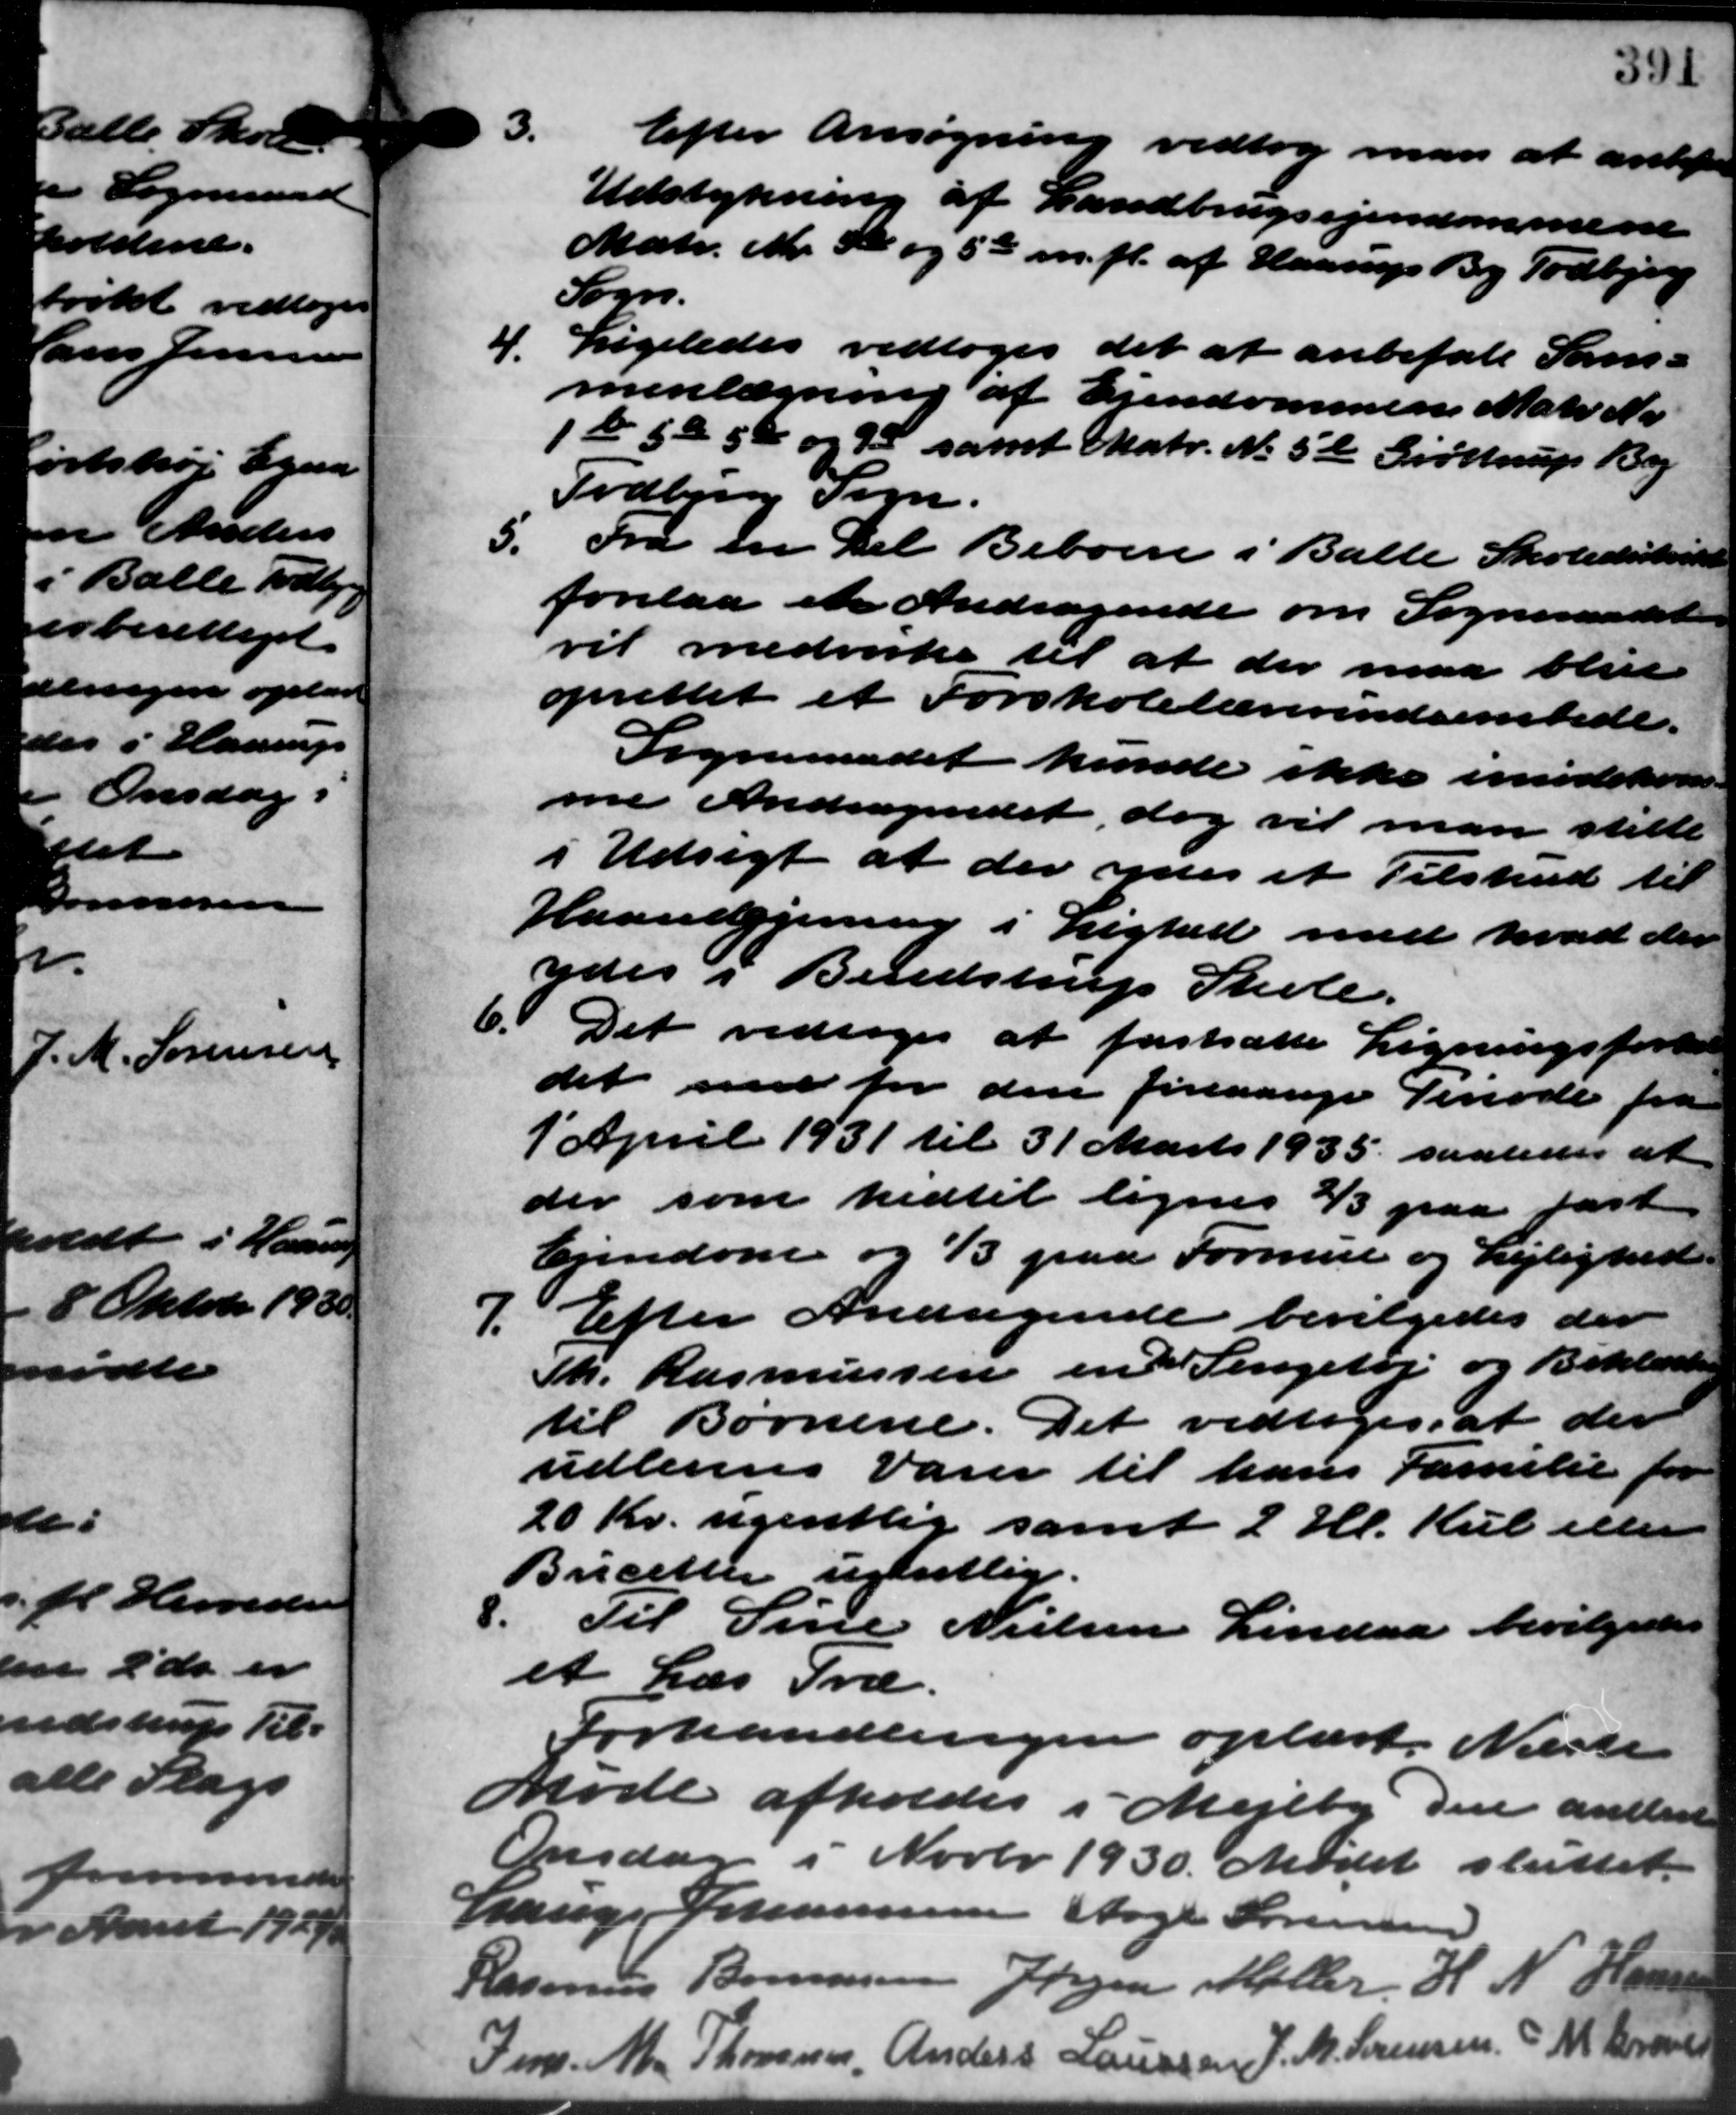
Transskription:
3.
Efter Ansøgning vedtog man at anbefale
Udstykning af Landbrugsejendommene
Matr. Nr. 32 og 5te m. fl. af Haarup By Todbjerg
Sogn.
4.
Ligeledes vedtoges det at anbefale Sam-
menlægning af Ejendommens Matr. Nr.
1te 5 a 50 og 12 samt Matr. No 5d Grøttrup By
Todbjerg Sogn.
5.
Fra en Del Beboere i Balle Skoledistrikt
forelaa et Andragende om Sogneraadet
vil medvirke til at der maa blive
oprettet et Forskolelærerindeembede.
Sogneraadet kunde ikke imødekom-
me Andragendet dog vil man stille
i Udsigt at der ydes et Tilskud til
Haandgjerning i Lighed med hvad der
ydes i Bendstrup Skole.
Det vedtoges at fastsætte Ligningsforhand
det med for den foreaarige Periode fra
1´ April 1931 til 31 Marts 1935, saaledes at
der som hidtil lignes 2/3 paa fast
Ejendom og 1/3 paa Formue og Lejlighed.
7. Efter Andragende bevilgedes der
7. Efter Andragende bevilgedes der
Th. Rasmussen en Pengetøj og Beklædt
til Børnene. Det vedtoges, at der
udlers varer til hans Familie for
20 Kr. ugentlig samt 2 Hl. Kul eller
Bucetter ugentlig.

Til Sine Nielsen Lindaa bevilgedes
et Læs Træ.
Forhandlingen oplæst. Næste
Møde afholdes i Mejlby den anden
Onsdag i Novbr. 1930. Mødet sluttet.
Lauge Johannesen Aage Sørensen
Rasmus Bonnesen Jørgen Møller H. N. Hansen
Jens M. Thomsen Anders Laursen J. M. Sørensen M. Baroner
6.